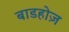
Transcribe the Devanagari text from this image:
बाडहोज़